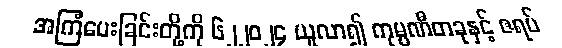
အကြံပေးခြင်းတို့ကို ၆၂၂၀၂၄ ယူလာ၍ ကုမ္ပဏီတခုနှင့် ဇရပ်